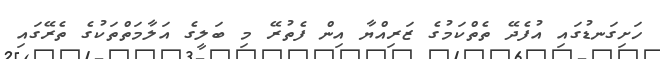
ހަށިގަނޑުގައި އުފެދޭ ތެތްކަމުގެ ޒަރިއްޔާ އިން ފެތުރޭ މި ބަލީގެ އަލާމަތްތަކުގެ ތެރޭގައި